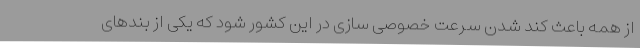
از همه باعث کند شدن سرعت خصوصی سازی در این کشور شود که یکی از بندهای